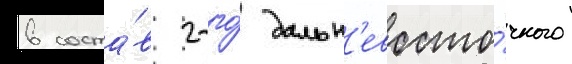
в соста́в 2-го́ дальн'евосто́чного